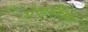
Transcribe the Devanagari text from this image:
सेव्हनोक्स